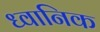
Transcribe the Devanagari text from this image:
ध्‍वानिक